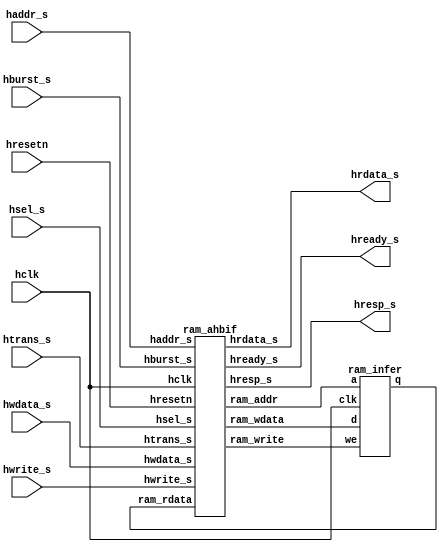
module ram_top(
hclk ,
hresetn ,
hsel_s ,
haddr_s ,
hburst_s ,
htrans_s ,
hrdata_s ,
hwdata_s ,
hwrite_s ,
hready_s ,
hresp_s
);
input hclk ;
input hresetn ;
input hsel_s ;
input [19:0] haddr_s ;
input [2:0] hburst_s ;
input [1:0] htrans_s ;
input [31:0] hwdata_s ;
input hwrite_s ;
output [1:0] hresp_s ;
output [31:0] hrdata_s ;
output hready_s ;
wire [31:0] ram_rdata ;
wire [17:0] ram_addr ;
wire [31:0] ram_wdata ;
wire ram_write ;
ram_ahbif U_ram_ahbif (
.hclk (hclk ),
.hresetn (hresetn ),
.hsel_s (hsel_s ),
.haddr_s (haddr_s ),
.hburst_s (hburst_s ),
.htrans_s (htrans_s ),
.hrdata_s (hrdata_s ),
.hwdata_s (hwdata_s ),
.hwrite_s (hwrite_s ),
.hready_s (hready_s ),
.hresp_s (hresp_s ),
.ram_rdata (ram_rdata ),
.ram_addr (ram_addr ),
.ram_wdata (ram_wdata ),
.ram_write (ram_write )
);
ram_infer U_ram_infer(
.q (ram_rdata ),
.a (ram_addr ),
.d (ram_wdata ),
.we (ram_write ),
.clk (hclk )
);
endmodule


module ram_infer(
q ,
a ,
d ,
we ,
clk
);
output [31:0] q ;
input [31:0] d ;
input [17:0] a ;
input we ;
input clk ;
reg [31:0] mem [262143:0] ;
always @(posedge clk) begin
if (we) begin
mem[a] <= d;
end
end
assign q = mem[a];
endmodule


module ram_ahbif(
	hclk ,
	hresetn ,
	//ahb slave
	hsel_s ,
	haddr_s ,
	hburst_s ,
	htrans_s ,
	hrdata_s ,
	hwdata_s ,
	hwrite_s ,
	hready_s ,
	hresp_s ,
	//ram interface
	ram_rdata ,
	ram_addr ,
	ram_wdata ,
	ram_write
);
///////////////////////////////////////
//declaration of input & output
///////////////////////////////////////
	input hclk ;
	input hresetn ;
	//ahb slave interface
	input hsel_s ;
	input [19:0] haddr_s ;
	input [2:0] hburst_s ;
	input [1:0] htrans_s ;
	input [31:0] hwdata_s ;
	input hwrite_s ;
	output [1:0] hresp_s ;
	output [31:0] hrdata_s ;
	output hready_s ;
	//ram interface
	input [31:0] ram_rdata ;
	output [17:0] ram_addr ;
	output [31:0] ram_wdata ;
	output ram_write ;
///////////////////////////////////////
//declaration of registers & wires
///////////////////////////////////////
	wire [1:0] hresp_s ;
	wire [31:0] hrdata_s ;
	reg hready_s ;
	wire [31:0] ram_wdata ;
	reg [17:0] ram_addr ;
	reg ram_write ;
	wire wr_en ;
	wire rd_en ;
	wire ready_en ;
///////////////////////////////////////
//program & function
///////////////////////////////////////
	assign hresp_s = 2'b00;
	always@(posedge hclk or negedge hresetn)
	begin //hsize = 3'b010--32bits
		if(!hresetn) begin
			ram_addr <= 18'b000000000000000000;
		end else if (hsel_s == 1'b1) begin
			ram_addr <= haddr_s[19:2];
		end
	end
	assign wr_en = hsel_s & htrans_s[1] & hwrite_s;
//assign rd_en = hsel_s & htrans_s[1] & !hwrite_s;
	always@(posedge hclk or negedge hresetn)
	begin
		if(!hresetn) begin
			ram_write <= 1'b0;
		end else if(wr_en) begin
			ram_write <= 1'b1;
		end else begin
			ram_write <= 1'b0;
		end
	end
	assign ram_wdata= hwdata_s;
	assign hrdata_s = ram_rdata;
	assign ready_en = hsel_s & htrans_s[1];
	always@(posedge hclk or negedge hresetn)
		begin
		if(!hresetn) begin
			hready_s <= 1'b0;
		end else if(ready_en) begin
			hready_s <= 1'b1;
		end else begin
			hready_s <= 1'b0;
		end
	end
endmodule